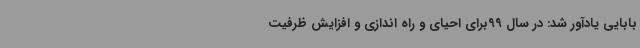
بابایی یادآور شد: در سال 99برای احیای و راه اندازی و افزایش ظرفیت